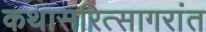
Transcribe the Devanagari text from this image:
कथासरित्सागरांत